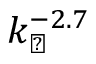
k _ { \perp } ^ { - 2 . 7 }